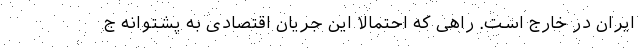
ایران در خارج است. راهی که احتمالا این جریان اقتصادی به پشتوانه ج